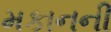
મકાનની